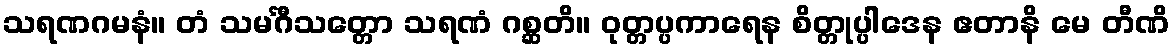
သရဏဂမနံ။ တံ သမင်္ဂီသတ္တော သရဏံ ဂစ္ဆတိ။ ဝုတ္တပ္ပကာရေန စိတ္တုပ္ပါဒေန ဧတာနိ မေ တီဏိ